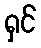
ရှင်